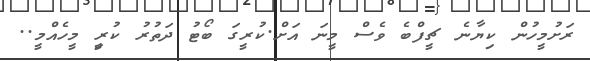
ރަށުމީހުން ކިޔާނެ ޗީފްބެ ވެސް މީނަ އަށް.ކުރީގަ ބޯޓު ދަތުރު ކުރިީ މީހެއްމީ..